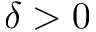
\delta > 0